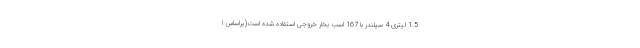
1.5 لیتری 4 سیلندر با 167 اسب بخار خروجی استفاده شده است(براساس ا